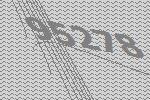
95278